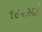
૧૯૨૩થી